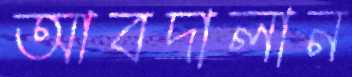
আবদালান